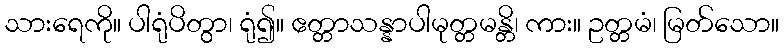
သားရေကို။ ပါရုံပိတွာ၊ ရုံ၍။ ဧတ္တာသန္နာပါမုတ္တမန္တိ၊ ကား။ ဥတ္တမံ၊ မြတ်သော။